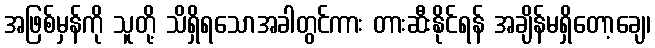
အဖြစ်မှန်ကို သူတို့ သိရှိရသောအခါတွင်ကား တားဆီးနိုင်ရန် အချိန်မရှိတော့ချေ၊